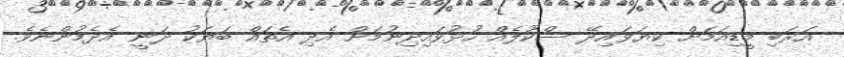
އަރަބި މީޑިއަމަށް ކިޔަވައިދޭ ސްކޫލެއް ހުޅުވައިދިނުމަށް އެދި އެތައް ބަޔަކު ދަނީ އެދެމުންނެވެ.